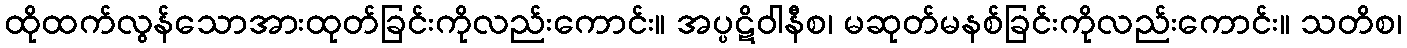
ထိုထက်လွန်သောအားထုတ်ခြင်းကိုလည်းကောင်း။ အပ္ပဋိဝါနီစ၊ မဆုတ်မနစ်ခြင်းကိုလည်းကောင်း။ သတိစ၊